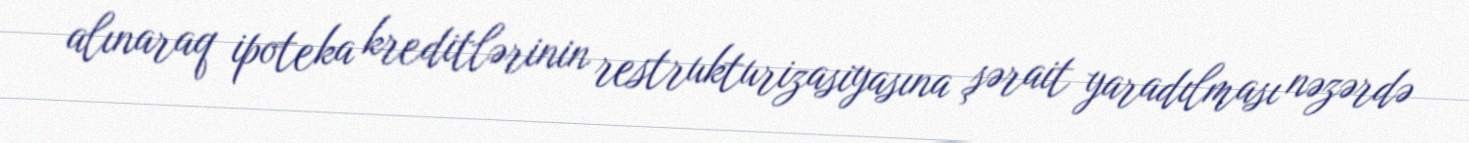
alınaraq ipoteka kreditlərinin restrukturizasiyasına şərait yaradılması nəzərdə